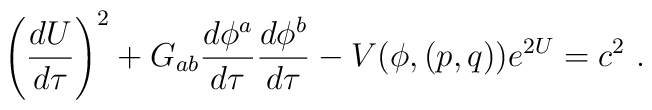
\left ({d U \over d\tau}\right )^2 + G_{ab}  {d\phi^a \over d\tau }{d\phi^b\over d\tau } -V(\phi, (p,q)) e^{2U} = c^2\ .